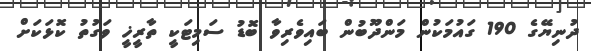
ދުނިޔޭގެ 190 ގައުމަކުން މަންދޫބުން ބައިވެރިވާ ބޮޑު ސަމިޓަކީ ތާރީޚީ ވަގުތު ކޮޅަކަށް